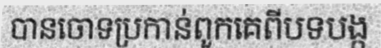
បានចោទប្រកាន់ពួកគេពីបទបង្ក